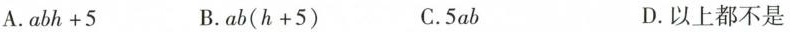
A.$$a b h + 5$$ B.$$a b ( h + 5 )$$ C.5ab D.以上都不是